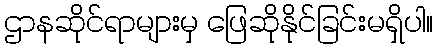
ဌာနဆိုင်ရာများမှ ဖြေဆိုနိုင်ခြင်းမရှိပါ။